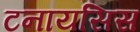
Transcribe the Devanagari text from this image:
टनायसिस